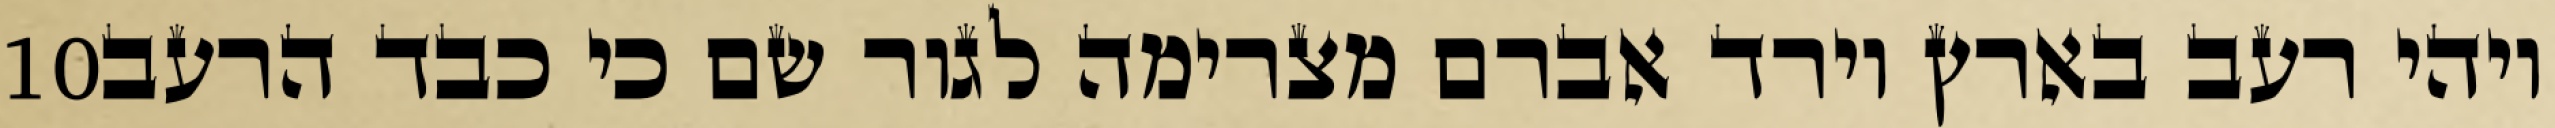
‎10‏ ויהי רעב בארץ וירד אברם מצרימה לגור שם כי כבד הרעב